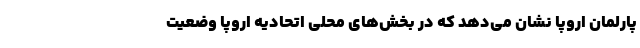
پارلمان‌ اروپا نشان می‌دهد که در بخش‌های محلی اتحادیه اروپا وضعیت